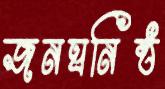
জনঘনিষ্ঠ